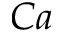
C a